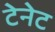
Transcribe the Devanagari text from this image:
टेनेट